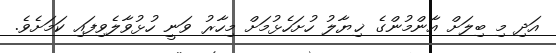
އަދި މި ބިލަށް އާންމުންގެ ޚިޔާލު ހުށަހެޅުމަށް މިހާރު ވަނީ ހުޅުވާލެވިފައި ކަމަށެވެ.